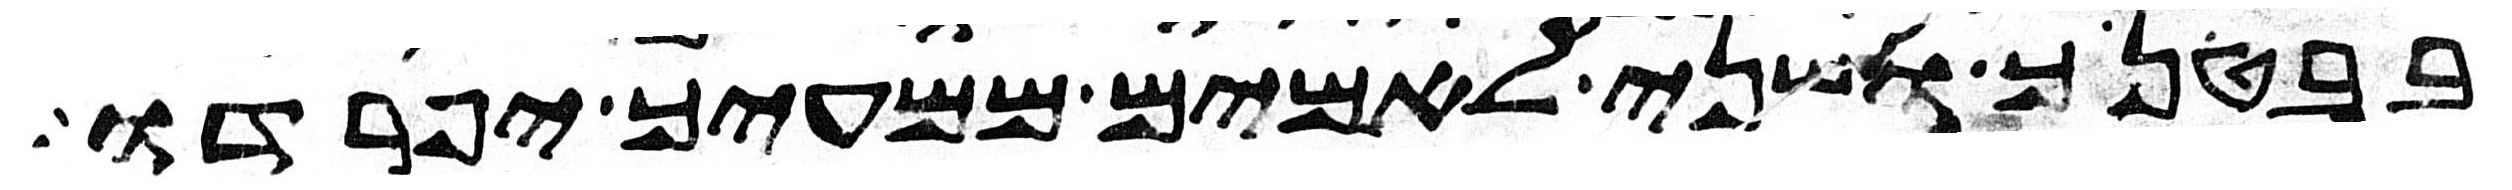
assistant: בבטנך ושני לאמים ממעיך יפרדו